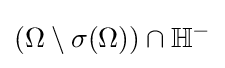
(\Omega \setminus \sigma (\Omega ))\cap \mathbb {H} ^{-}